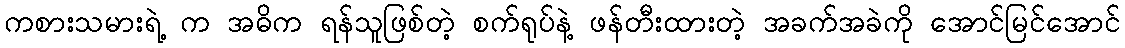
ကစားသမားရဲ့ က အဓိက ရန်သူဖြစ်တဲ့ စက်ရုပ်နဲ့ ဖန်တီးထားတဲ့ အခက်အခဲကို အောင်မြင်အောင်